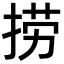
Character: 捞